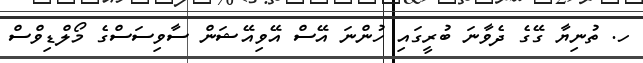
ހ. ތުނިޔާ ގޭގެ ދެވާނަ ބުރީގައި ހުންނަ އޭސް އޭވިއޭޝަން ސާވިސަސްގެ މޯލްޑިވްސް